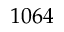
1 0 6 4